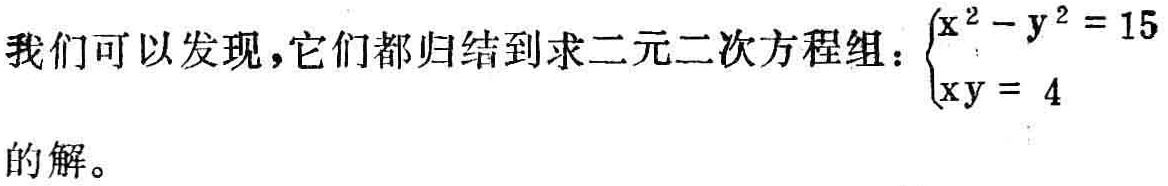
我们可以发现，它们都归结到求二元二次方程组：$\begin{cases}

x^{2}-y^{2}=15 \\

xy = 4

\end{cases}$的解。